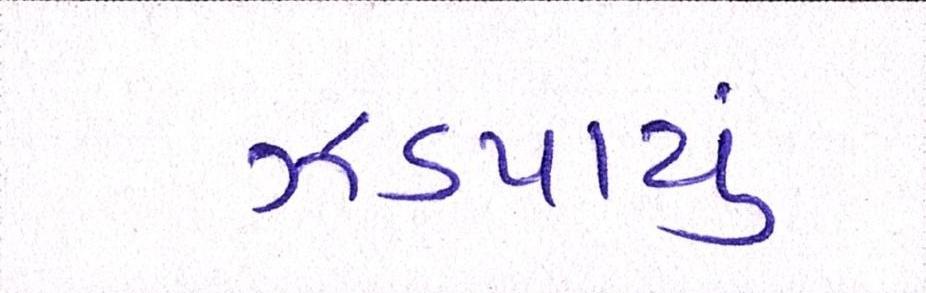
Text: ઝડપાયું